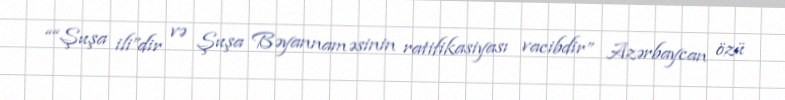
““Şuşa ili”dir və Şuşa Bəyannaməsinin ratifikasiyası vacibdir” Azərbaycan özü